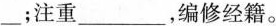
___；注重___，编修经籍。